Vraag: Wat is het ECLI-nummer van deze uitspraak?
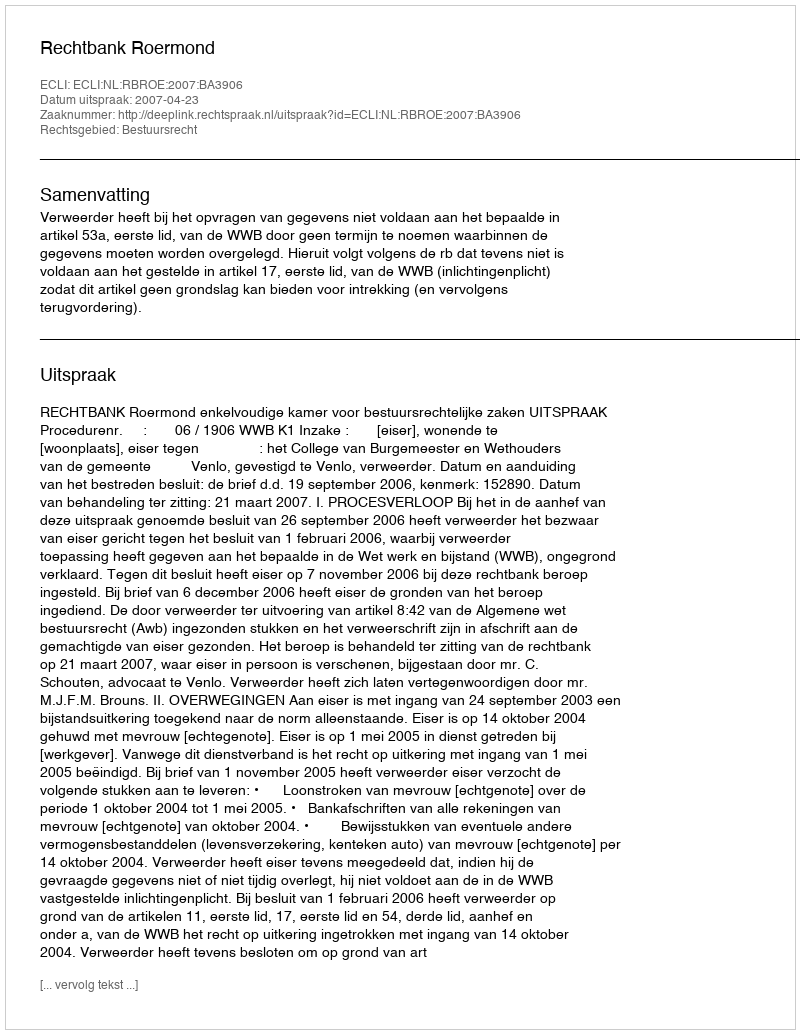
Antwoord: ECLI:NL:RBROE:2007:BA3906